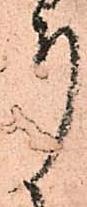
り